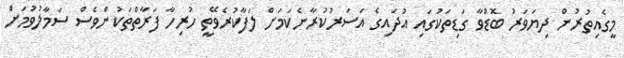
މީގެއިތުރުން ދިޔަވަރު ބޮޑުވާ ގަޑިތަކުގައި އުދައިގެ އަސަރުކުރާނެކަމަށް ލަފާކުރެވޭތީ ހުރިހާ ފަރާތްތަކުންވެސް ސަމާލުވުމަށް